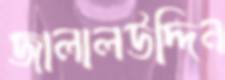
জালালউদ্দিন